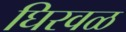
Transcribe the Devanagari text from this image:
घिरवळ